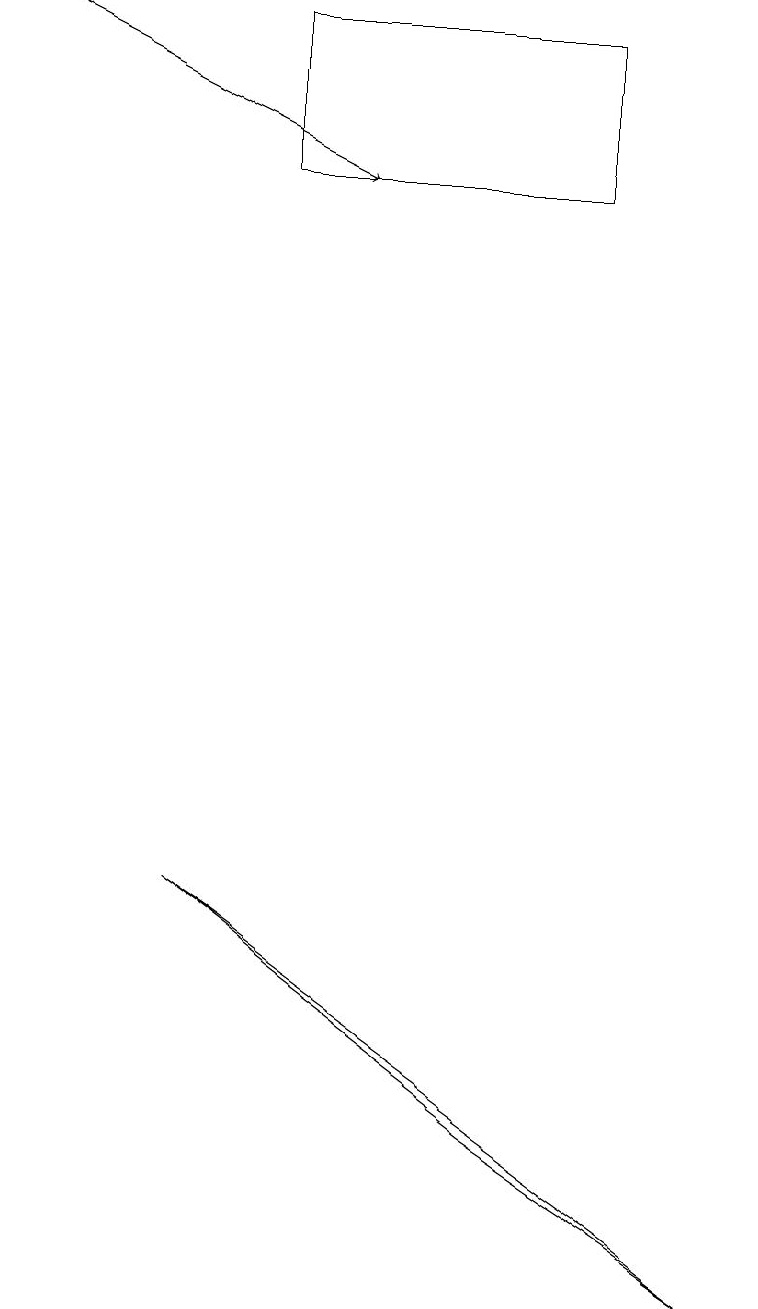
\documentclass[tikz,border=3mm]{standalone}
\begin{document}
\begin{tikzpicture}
\draw[->] (0,17) -- (4,15);
\draw (9,1) -- (6,3) -- (2,6) -- cycle;
\draw (3,15) rectangle (7,17);
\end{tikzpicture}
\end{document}